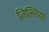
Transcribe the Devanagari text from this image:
तिल्लियां